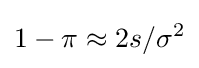
1-\pi \approx 2s/\sigma ^{2}